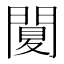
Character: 䦩